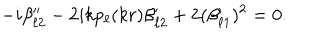
- i \beta _ { \ell 2 } ^ { \prime \prime } - 2 i k p _ { \ell } ( k r ) \beta _ { \ell 2 } ^ { \prime } + 2 ( \beta _ { \ell 1 } ^ { \prime } ) ^ { 2 } = 0 .